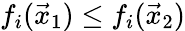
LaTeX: f_{i}({\vec{x}}_{1})\leq f_{i}({\vec{x}}_{2})